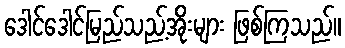
ဒေါင်ဒေါင်မြည်သည့်အိုးများ ဖြစ်ကြသည်။